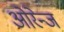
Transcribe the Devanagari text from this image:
ओरेन्ज